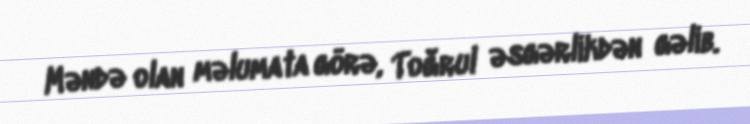
Məndə olan məlumata görə, Toğrul əsgərlikdən gəlib.